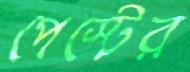
পেস্টের